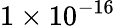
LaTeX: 1\times 10^{-16}